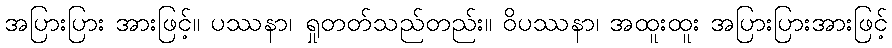
အပြားပြား အားဖြင့်။ ပဿနာ၊ ရှုတတ်သည်တည်း။ ဝိပဿနာ၊ အထူးထူး အပြားပြားအားဖြင့်